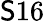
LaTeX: \mathsf{S}16